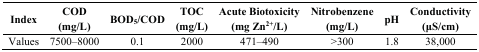
<table><thead><tr><td><b>Index</b></td><td><b>COD (mg/L)</b></td><td><b>BOD<sub>5</sub>/COD</b></td><td><b>TOC (mg/L)</b></td><td><b>Acute Biotoxicity (mg Zn<sup>2+</sup>/L)</b></td><td><b>Nitrobenzene (mg/L)</b></td><td><b>pH</b></td><td><b>Conductivity (μS/cm)</b></td></tr></thead><tbody><tr><td>Values</td><td>7500–8000</td><td>0.1</td><td>2000</td><td>471–490</td><td>&gt;300</td><td>1.8</td><td>38,000</td></tr></tbody></table>